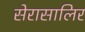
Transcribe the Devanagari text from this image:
सेरासालिर